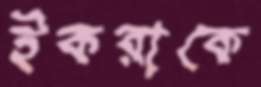
ইকরাকে